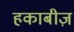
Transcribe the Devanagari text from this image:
हकाबीज़